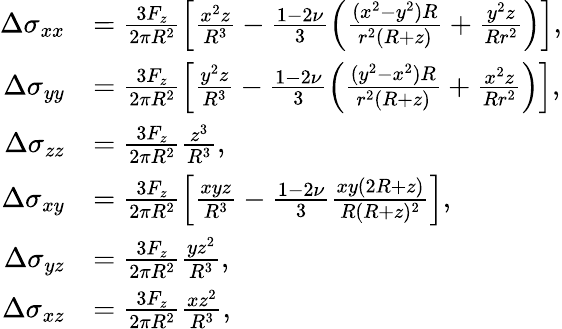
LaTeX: \begin{array}{rl}{\Delta\sigma_{xx}}&{=\frac{3F_{z}}{2\pi R^{2}}\left[\frac{x^{2}z}{R^{3}}-\frac{1-2\nu}{3}\left(\frac{(x^{2}-y^{2})R}{r^{2}(R+z)}+\frac{y^{2}z}{Rr^{2}}\right)\right],}\\ {\Delta\sigma_{yy}}&{=\frac{3F_{z}}{2\pi R^{2}}\left[\frac{y^{2}z}{R^{3}}-\frac{1-2\nu}{3}\left(\frac{(y^{2}-x^{2})R}{r^{2}(R+z)}+\frac{x^{2}z}{Rr^{2}}\right)\right],}\\ {\Delta\sigma_{zz}}&{=\frac{3F_{z}}{2\pi R^{2}}\frac{z^{3}}{R^{3}},}\\ {\Delta\sigma_{xy}}&{=\frac{3F_{z}}{2\pi R^{2}}\left[\frac{xyz}{R^{3}}-\frac{1-2\nu}{3}\frac{xy(2R+z)}{R(R+z)^{2}}\right],}\\ {\Delta\sigma_{yz}}&{=\frac{3F_{z}}{2\pi R^{2}}\frac{yz^{2}}{R^{3}},}\\ {\Delta\sigma_{xz}}&{=\frac{3F_{z}}{2\pi R^{2}}\frac{xz^{2}}{R^{3}},}\end{array}